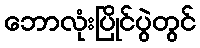
ဘောလုံးပြိုင်ပွဲတွင်